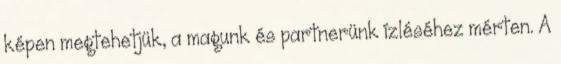
képen megtehetjük, a magunk és partnerünk ízléséhez mérten. A